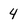
Character: 4